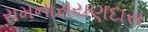
રામનારાયણદાસ